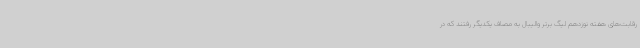
رقابت‌های هفته نوزدهم لیگ برتر والیبال به مصاف یکدیگر رفتند که در